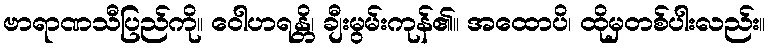
ဗာရာဏသီပြည်ကို။ ဝေါဟရန္တိ၊ ချီးမွမ်းကုန်၏။ အထောပိ၊ ထိုမှတစ်ပါးလည်း။